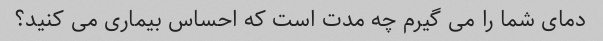
دمای شما را می گیرم چه مدت است که احساس بیماری می کنید؟